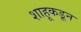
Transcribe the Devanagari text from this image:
शाहूकडून